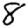
Digit: 8